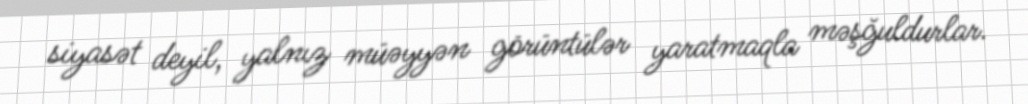
siyasət deyil, yalnız müəyyən görüntülər yaratmaqla məşğuldurlar.